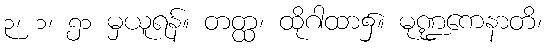
၃၊ ၁၊ ၅၁ မှယူရန်။ တတ္ထ၊ ထိုဂါထာ၌။ မုဏ္ဍကေနာတိ၊